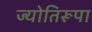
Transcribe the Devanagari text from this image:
ज्योतिरूपा